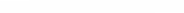
٧٩